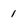
Character: 1